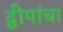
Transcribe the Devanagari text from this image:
द्वीपांचा